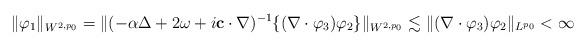
LaTeX: \begin{align*}\|\varphi_1\|_{W^{2,p_0}}=\|(-\alpha \Delta +2\omega +i\mathbf{c}\cdot \nabla )^{-1}\{(\nabla \cdot \varphi_3)\varphi_2\}\|_{W^{2,p_0}}\lesssim \|(\nabla \cdot \varphi_3)\varphi_2\|_{L^{p_0}}<\infty\end{align*}